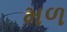
મળ